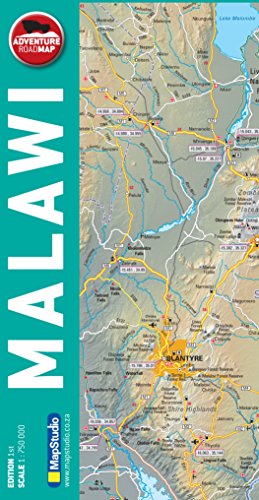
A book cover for Malawi: MS.R525; Travel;